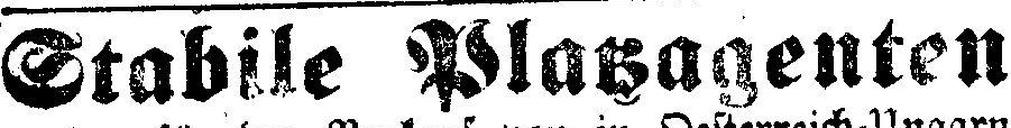
Stabile Platzagenten